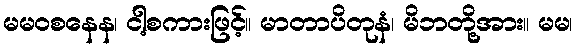
မမဝစနေန၊ ငါ့စကားဖြင့်။ မာတာပိတုနံ၊ မိဘတို့အား။ မမ၊